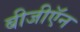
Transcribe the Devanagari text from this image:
बीजीऍन